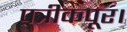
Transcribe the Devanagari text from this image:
पत्रीकपूर।